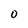
Character: 0